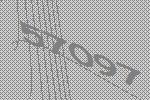
57097